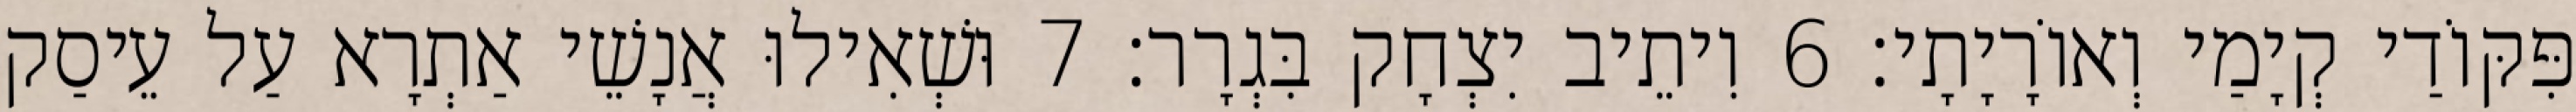
פִּקּוֹדַי קְיָמַי וְאוֹרָיָתָי׃ 6 וִיתֵיב יִצְחָק בִּגְרָר׃ 7 וּשְׁאִילוּ אֲנָשֵׁי אַתְרָא עַל עֵיסַק